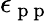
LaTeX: \epsilon_{\mathrm{~p~p~}}